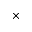
\times